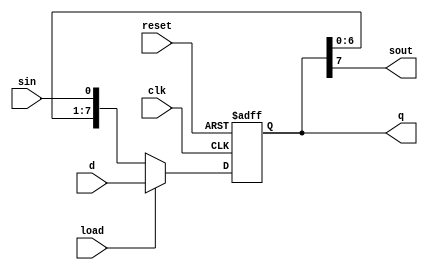
module shiftreg#(parameter N = 8)(input clk,input reset,input sin,input[N-1:0] d,input load,output sout,output reg [N-1:0]q);
	always @(posedge clk,posedge reset)
	begin
		if(reset) begin
			q<=0;
		end
		else if (load) begin
			q<=d;
		end
		else begin
			q <= {q[N-2:0],sin};
		end
	end
	assign sout = q[N-1];
endmodule

module shiftreg_tb;

	parameter N = 32;
	reg clk,reset,sin,load;
	reg [N-1:0]d;
	wire sout;
	wire [N-1:0]q;
	
	always
	begin
		clk = 1;#5;
		clk = 0;#5;
	end
	
	shiftreg #(N)DUT(.clk(clk),.reset(reset),.sin(sin),.d(d),.load(load),.sout(sout),.q(q));
	
	initial
	begin
		reset = 1;#5;reset = 0;#5;
	end
	
	initial
	
	begin
		#10;sin = 1;
		#10;sin = 0;
		#10;sin = 1;
		#10;sin = 1;
		#10;d=1111;load = 1;#5;load = 0;
	end
	
endmodule